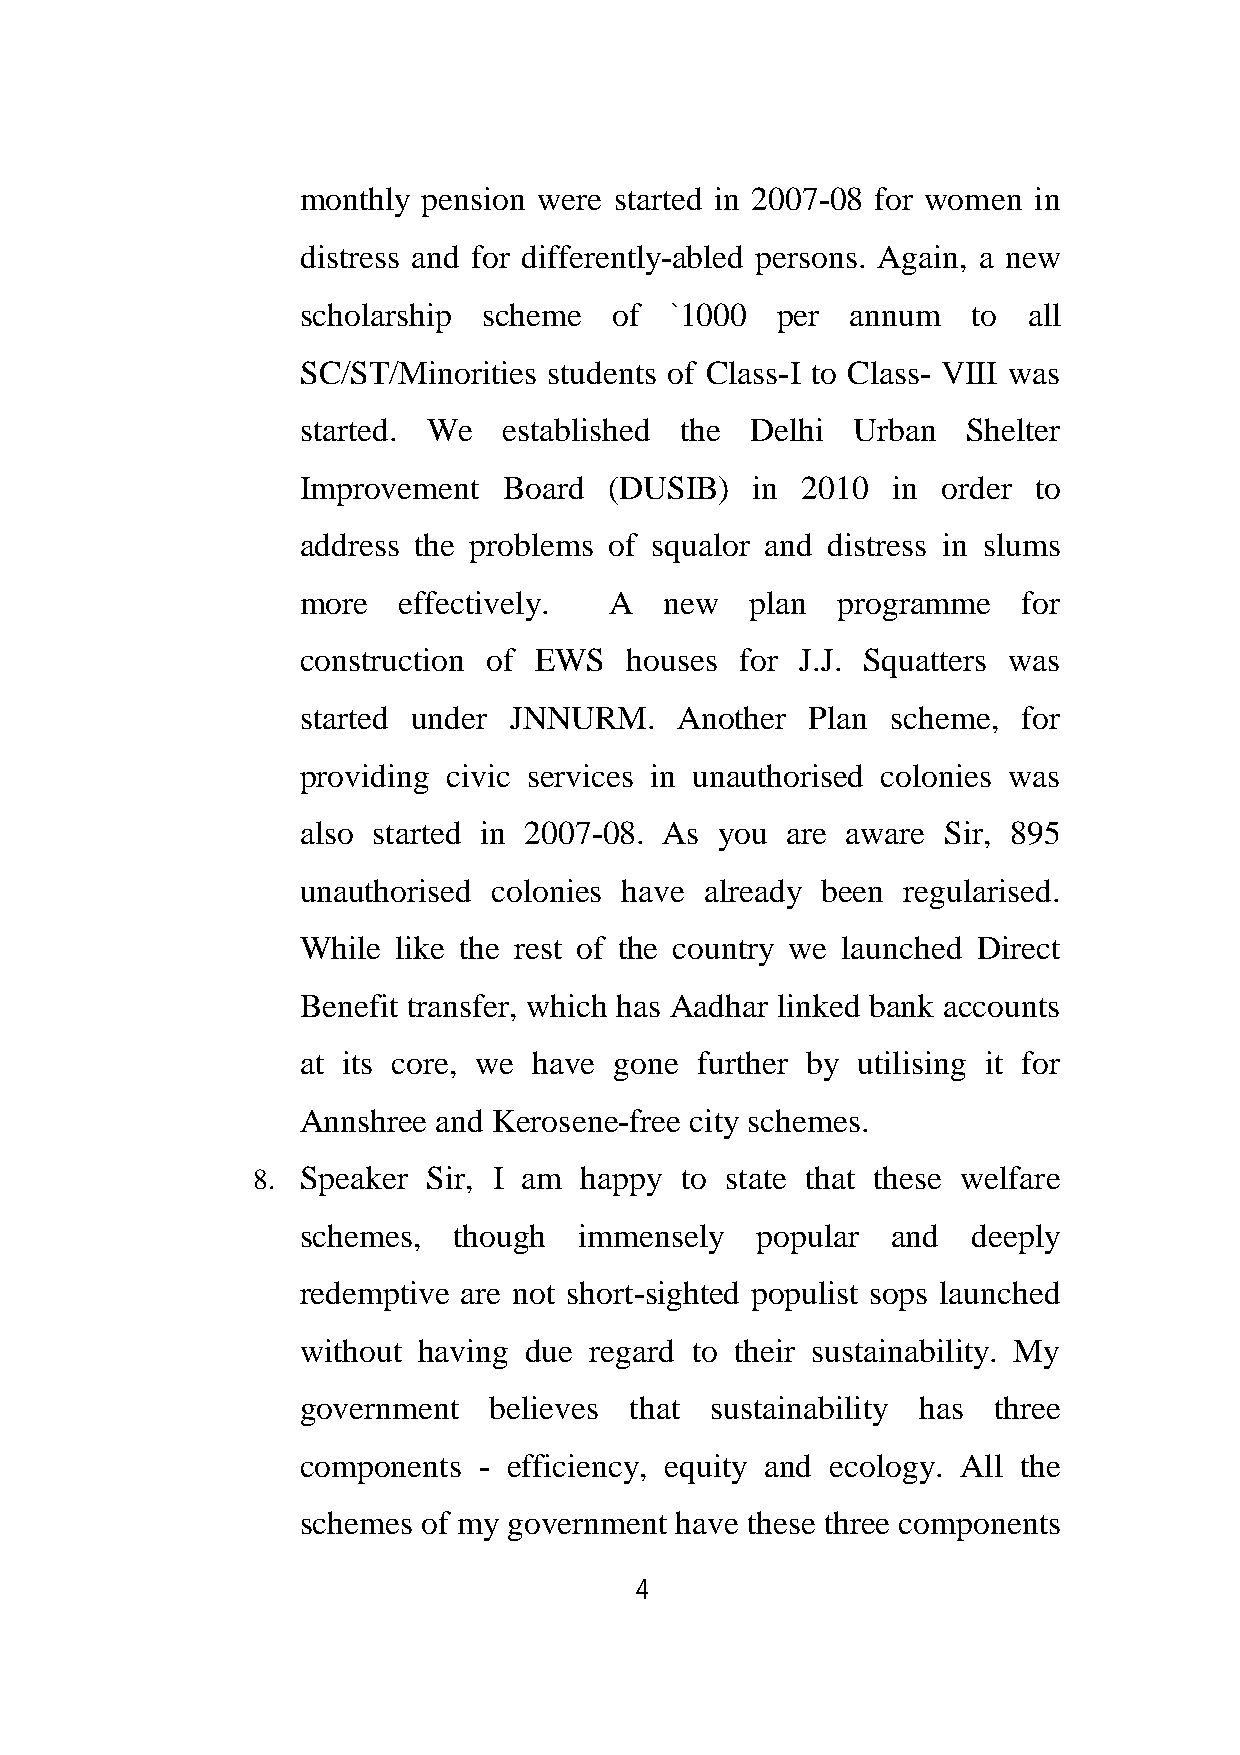
monthly pension were started in 2007-08 for women in
 distress and for differently-abled persons. Again, a new
 scholarship scheme   of `1000  per  annum   to  all
 SC/ST/Minorities students of Class-I to Class- VIII was
 started. We  established the  Delhi  Urban  Shelter
 Improvement  Board  (DUSIB)   in 2010  in order to
 address the problems of squalor and distress in slums
 more  effectively.  A   new   plan programme    for
 construction of EWS   houses for J.J. Squatters was
 started under JNNURM.    Another  Plan scheme,  for
 providing civic services in unauthorised colonies was
 also started in 2007-08. As you are aware Sir, 895
 unauthorised colonies have already been regularised.
 While like the rest of the country we launched Direct
 Benefit transfer, which has Aadhar linked bank accounts
 at its core, we have gone further by utilising it for
 Annshree and Kerosene-free city schemes.
 8. Speaker Sir, I am happy  to state that these welfare
 schemes,  though  immensely   popular  and  deeply
 redemptive are not short-sighted populist sops launched
 without having due regard to their sustainability. My
 government  believes  that sustainability has three
 components  - efficiency, equity and ecology. All the
 schemes of my government have these three components
 4